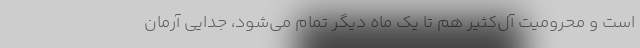
است و محرومیت آل‌کثیر هم تا یک ماه دیگر تمام می‌شود، جدایی آرمان